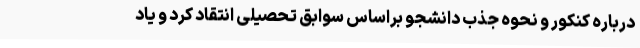
درباره کنکور و نحوه جذب دانشجو براساس سوابق تحصیلی انتقاد کرد و یاد